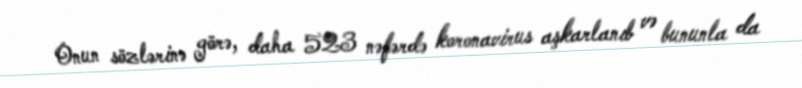
Onun sözlərinə görə, daha 523 nəfərdə koronavirus aşkarlanıb və bununla da